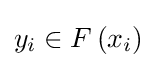
y_{i}\in F\left(x_{i}\right)